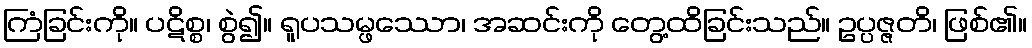
ကြံခြင်းကို။ ပဋိစ္စ၊ စွဲ၍။ ရူပသမ္ဖဿော၊ အဆင်းကို တွေ့ထိခြင်းသည်။ ဥပ္ပဇ္ဇတိ၊ ဖြစ်၏။